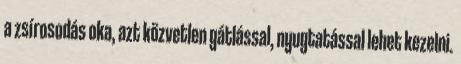
a zsírosodás oka, azt közvetlen gátlással, nyugtatással lehet kezelni.